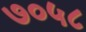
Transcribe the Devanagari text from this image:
७०५८